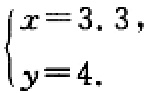
\(\begin{cases}

x = 3.3,\\

y = 4.

\end{cases}\)